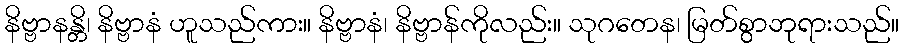
နိဗ္ဗာနန္တိ၊ နိဗ္ဗာနံ ဟူသည်ကား။ နိဗ္ဗာနံ၊ နိဗ္ဗာန်ကိုလည်း။ သုဂတေန၊ မြတ်စွာဘုရားသည်။